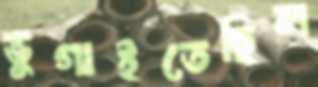
ভুগাইতেছিল